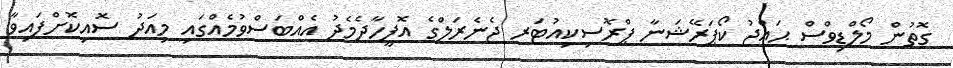
ގޮތުން މޯލްޑިވްސް ޙައްޖު ކޯޕަރޭޝަނާ ޕްރޮސިކިއުޓަރ ޖެނެރަލްގެ އޮފީހާދެމެދު އެއްބަސްވުމެއްގައި މިއަދު ސޮއިކޮށްފައިވާ